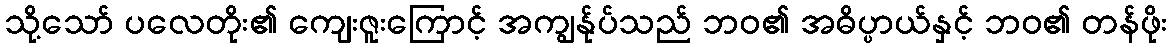
သို့သော် ပလေတိုး၏ ကျေးဇူးကြောင့် အကျွန်ုပ်သည် ဘဝ၏ အဓိပ္ပာယ်နှင့် ဘဝ၏ တန်ဖိုး